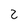
Character: 2